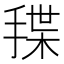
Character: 𰔊